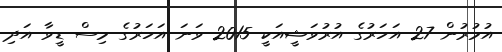
އުމުރުން 27 އަހަރުގެ އުރުވަޝީއަކީ 2015 ވަނަ އަހަރުގެ މިސް ޑީވާ އަދި